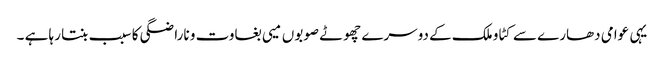
یہی عوامی دھارے سے کٹاو ملک کے دوسرے چھوٹے صوبوں میی بغاوت و ناراضگی کا سبب بنتا رہا ہے ۔